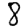
Digit: 8